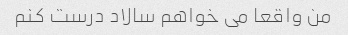
من واقعا می خواهم سالاد درست کنم